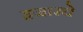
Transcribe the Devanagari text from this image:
हजारचे